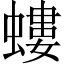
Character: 螻